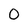
Character: 0